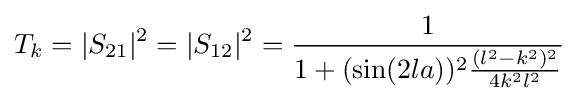
T_{k}=|S_{21}|^{2}=|S_{12}|^{2}={\frac {1}{1+(\sin(2la))^{2}{\frac {(l^{2}-k^{2})^{2}}{4k^{2}l^{2}}}}}